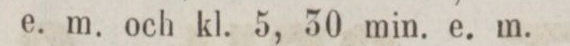
e. m. och kl. 5, 30 min. e. m.